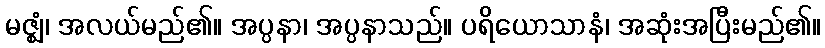
မဇ္ဈံ၊ အလယ်မည်၏။ အပ္ပနာ၊ အပ္ပနာသည်။ ပရိယောသာနံ၊ အဆုံးအပြီးမည်၏။